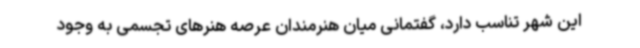
این شهر تناسب دارد، گفتمانی میان هنرمندان عرصه هنرهای تجسمی به وجود